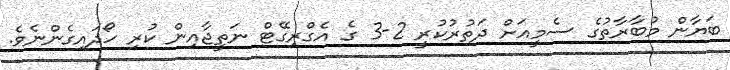
ބަޔާން މުބާރާތުގެ ސެމީއަށް ދަތުރުކުރީ 2-3 ގެ އެގްރިގޭޓް ނަތީޖާއިން ކުރި ހޯދައިގެންނެވެ.